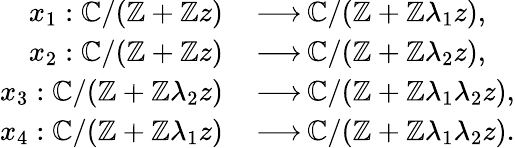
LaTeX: \begin{array}{rl}{x_{1}:\mathbb{C}/(\mathbb{Z}+\mathbb{Z}z)}&{{\, \longrightarrow\, }\mathbb{C}/(\mathbb{Z}+\mathbb{Z}\lambda_{1}z),}\\ {x_{2}:\mathbb{C}/(\mathbb{Z}+\mathbb{Z}z)}&{{\, \longrightarrow\, }\mathbb{C}/(\mathbb{Z}+\mathbb{Z}\lambda_{2}z),}\\ {x_{3}:\mathbb{C}/(\mathbb{Z}+\mathbb{Z}\lambda_{2}z)}&{{\, \longrightarrow\, }\mathbb{C}/(\mathbb{Z}+\mathbb{Z}\lambda_{1}\lambda_{2}z),}\\ {x_{4}:\mathbb{C}/(\mathbb{Z}+\mathbb{Z}\lambda_{1}z)}&{{\, \longrightarrow\, }\mathbb{C}/(\mathbb{Z}+\mathbb{Z}\lambda_{1}\lambda_{2}z).}\end{array}